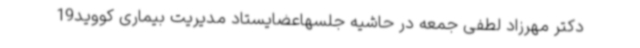
دکتر مهرزاد لطفی جمعه در حاشیه جلسهاعضایستاد مدیریت بیماری کووید19